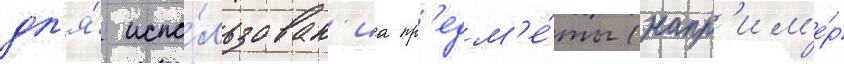
дл'я́ испо́льзован'иа пр'едм'е́ты (напр'им'е́р